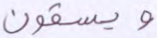
ويسقون